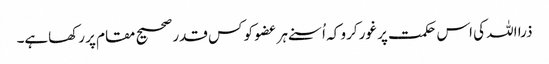
ذرا اللہ کی اس حکمت پر غور کرو کہ اُسنے ہر عضو کو کس قدر صحیح مقام پر رکھاہے۔